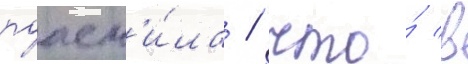
поасн'и́ла / что́ в